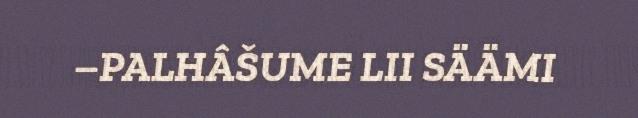
–PALHÂŠUME LII SÄÄMI